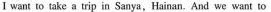
I want to take a trip in Sanya,Hainan, And we want to